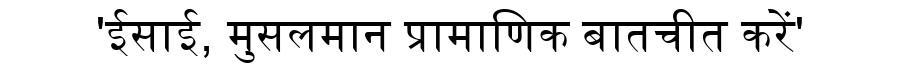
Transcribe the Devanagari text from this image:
'ईसाई, मुसलमान प्रामाणिक बातचीत करें'